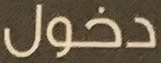
دخول